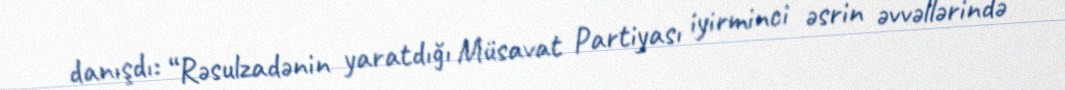
danışdı: “Rəsulzadənin yaratdığı Müsavat Partiyası iyirminci əsrin əvvəllərində